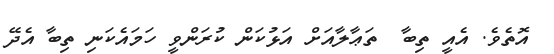
އޮތެވެ. އެއީ ތިބާ  ތަޢާލާއަށް އަޅުކަން ކުރަންވީ ހަމައެކަނި ތިބާ އެދޭ